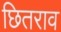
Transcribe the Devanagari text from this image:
छितराव